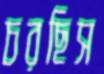
চরছিস